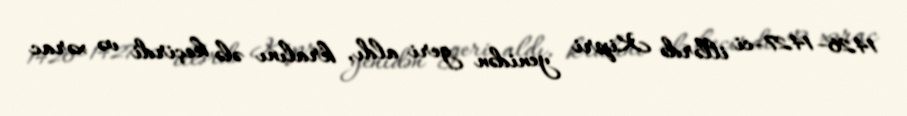
1426–1427-ci illərdə Kipri yenidən geri aldı, kralını ələ keçirdi və xərac